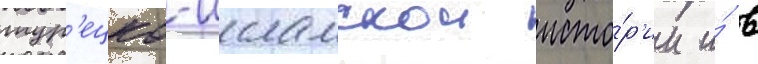
тур'ецко-исламскои исто́р'ии и́ в